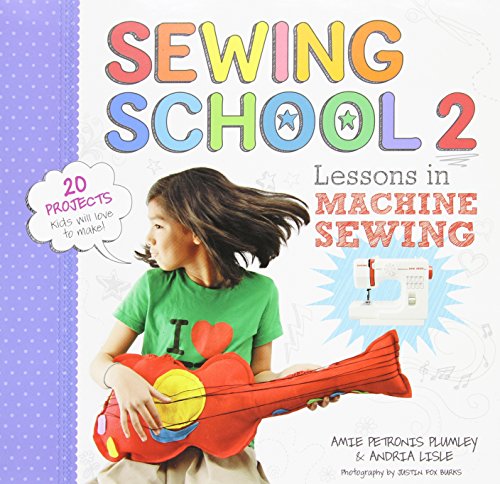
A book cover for Sewing School 2: Lessons in Machine Sewing; 20 Projects Kids Will Love to Make; Andria Lisle; Crafts, Hobbies & Home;